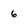
Character: 6